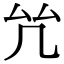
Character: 𠫞